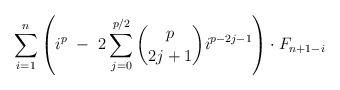
LaTeX: \begin{align*}\ \ \ \ \ \ \ \ \ \ \ \ \ \ \ \ \ \ \sum_{i=1}^{n} \left(i^{p} \ - \ 2\sum_{j=0}^{p/2} \binom{p}{2j+1} i^{p-2j-1} \right) \cdot F_{n+1-i}\end{align*}